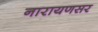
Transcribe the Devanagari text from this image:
नारायणसर